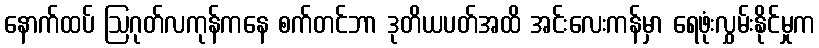
နောက်ထပ် ဩဂုတ်လကုန်ကနေ စက်တင်ဘာ ဒုတိယပတ်အထိ အင်းလေးကန်မှာ ရေဖုံးလွှမ်းနိုင်မှုက